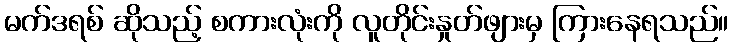
မက်ဒရစ် ဆိုသည့် စကားလုံးကို လူတိုင်းနှုတ်ဖျားမှ ကြားနေရသည်။